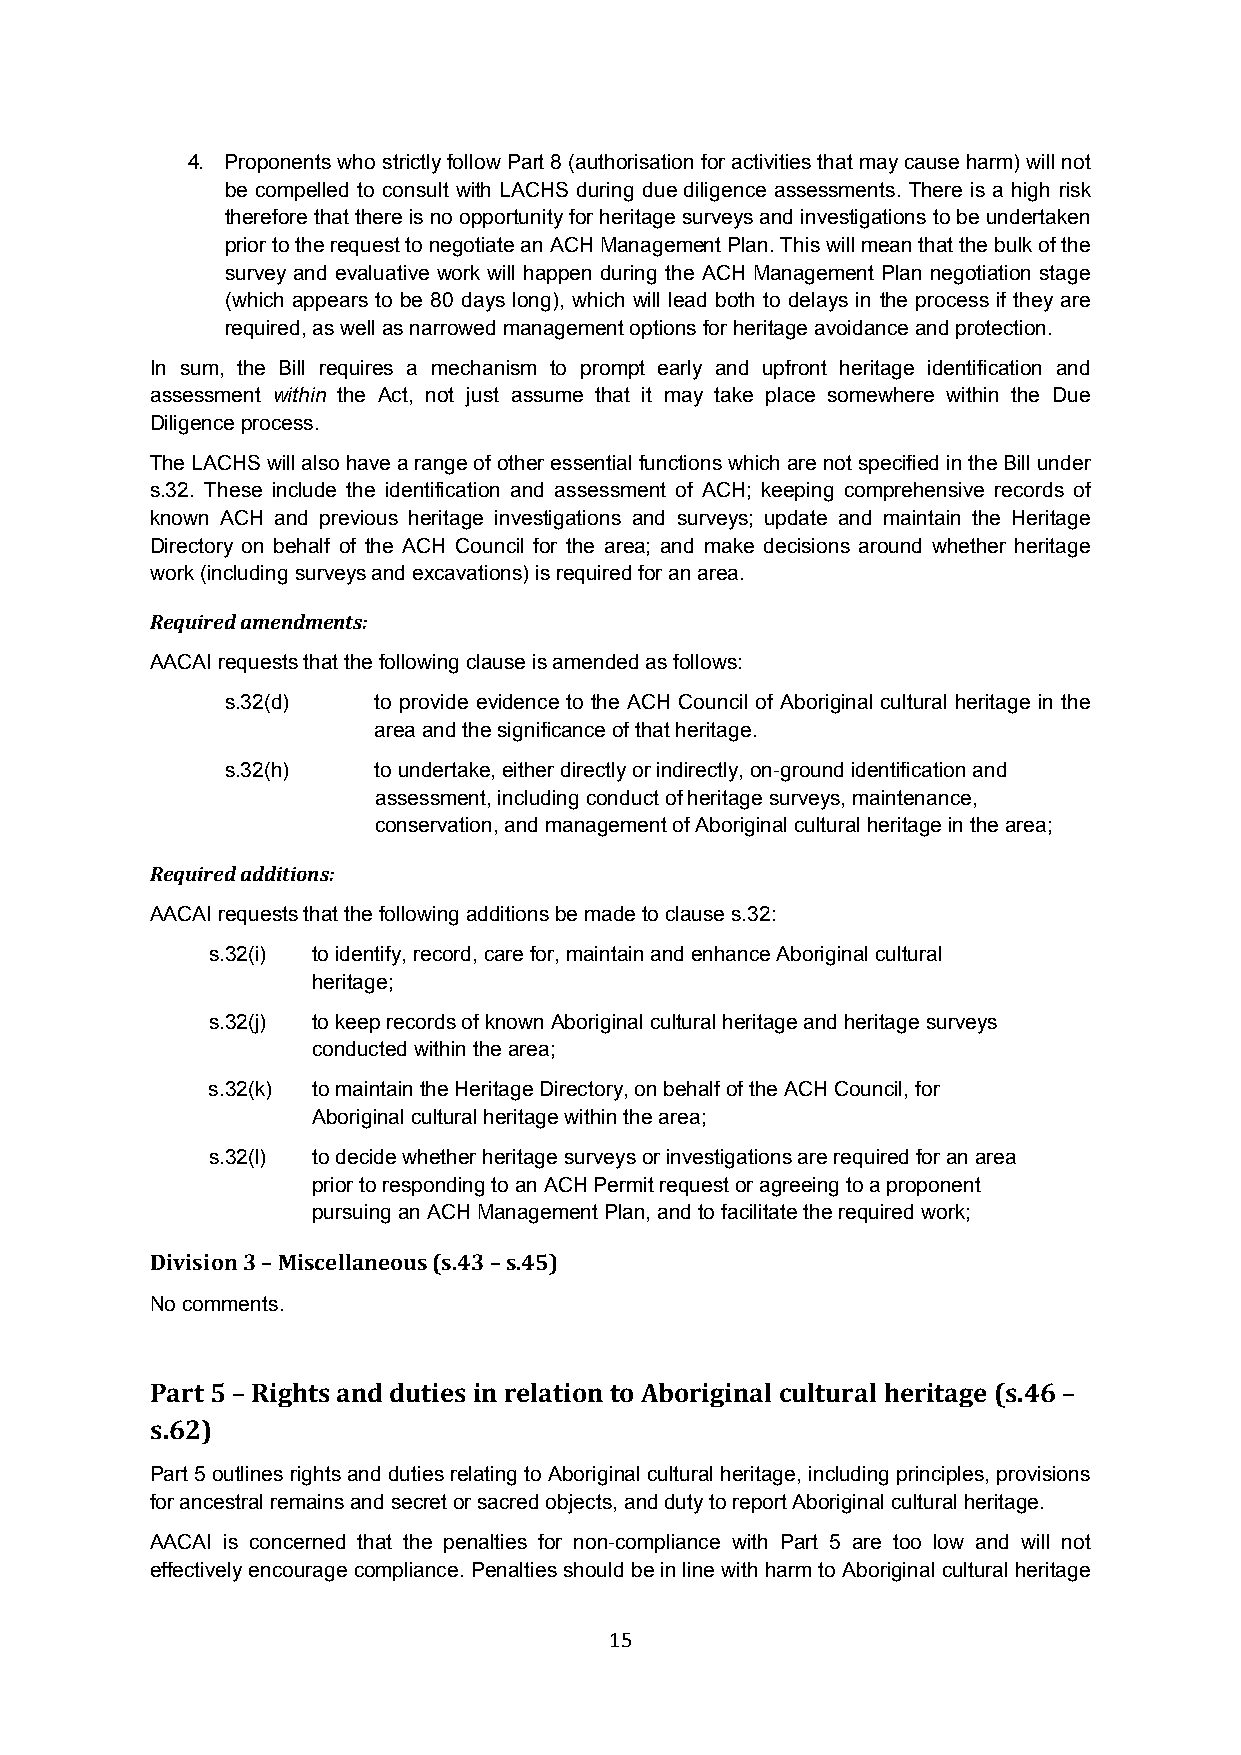
4. Proponents who strictly follow Part 8 (authorisation for activities that may cause harm) will not
 be compelled to consult with LACHS during due diligence assessments. There is a high risk
 therefore that there is no opportunity for heritage surveys and investigations to be undertaken
 prior to the request to negotiate an ACH Management Plan. This will mean that the bulk of the
 survey and evaluative work will happen during the ACH Management Plan negotiation stage
 (which appears to be 80 days long), which will lead both to delays in the process if they are
 required, as well as narrowed management options for heritage avoidance and protection.
 In sum, the Bill requires a mechanism to prompt early and upfront heritage identification and
 assessment within the Act, not just assume that it may take place somewhere within the Due
 Diligence process.
 The LACHS will also have a range of other essential functions which are not specified in the Bill under
 s.32. These include the identification and assessment of ACH; keeping comprehensive records of
 known ACH and previous heritage investigations and surveys; update and maintain the Heritage
 Directory on behalf of the ACH Council for the area; and make decisions around whether heritage
 work (including surveys and excavations) is required for an area.
 Required amendments:
 AACAI requests that the following clause is amended as follows:
 s.32(d)   to provide evidence to the ACH Council of Aboriginal cultural heritage in the
 area and the significance of that heritage.
 s.32(h)   to undertake, either directly or indirectly, on-ground identification and
 assessment, including conduct of heritage surveys, maintenance,
 conservation, and management of Aboriginal cultural heritage in the area;
 Required additions:
 AACAI requests that the following additions be made to clause s.32:
 s.32(i) to identify, record, care for, maintain and enhance Aboriginal cultural
 heritage;
 s.32(j) to keep records of known Aboriginal cultural heritage and heritage surveys
 conducted within the area;
 s.32(k) to maintain the Heritage Directory, on behalf of the ACH Council, for
 Aboriginal cultural heritage within the area;
 s.32(l) to decide whether heritage surveys or investigations are required for an area
 prior to responding to an ACH Permit request or agreeing to a proponent
 pursuing an ACH Management Plan, and to facilitate the required work;
 Division 3 – Miscellaneous (s.43 – s.45)
 No comments.
 Part 5 – Rights and duties in relation to Aboriginal cultural heritage (s.46 –
 s.62)
 Part 5 outlines rights and duties relating to Aboriginal cultural heritage, including principles, provisions
 for ancestral remains and secret or sacred objects, and duty to report Aboriginal cultural heritage.
 AACAI is concerned that the penalties for non-compliance with Part 5 are too low and will not
 effectively encourage compliance. Penalties should be in line with harm to Aboriginal cultural heritage
 15